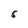
Character: 5